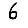
Digit: 6